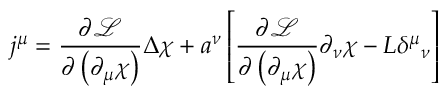
j ^ { \mu } = \frac { \partial { \mathcal { L } } } { \partial \left( \partial _ { \mu } \chi \right) } \Delta \chi + a ^ { \nu } \left[ \frac { \partial { \mathcal { L } } } { \partial \left( \partial _ { \mu } \chi \right) } \partial _ { \nu } \chi - { \cal L } \delta ^ { \mu } { } _ { \nu } \right]